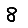
Digit: 8